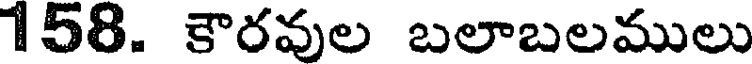
158. కౌరవుల బలాబలములు